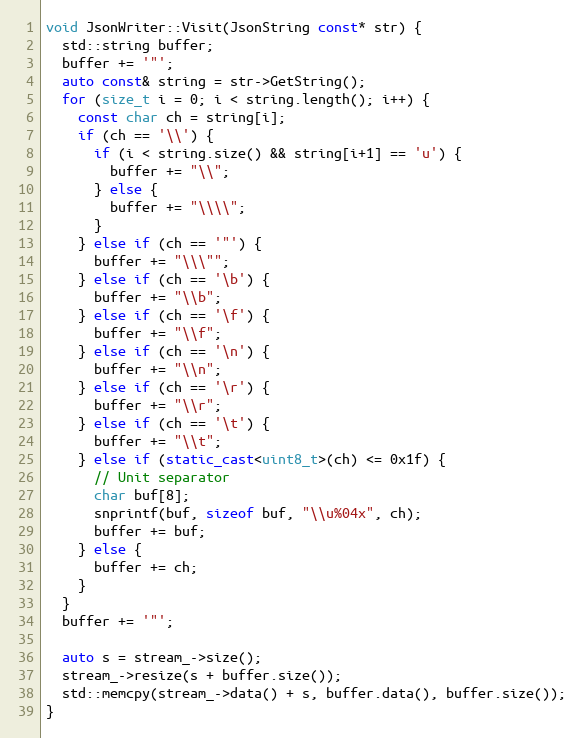
Language: C++
void JsonWriter::Visit(JsonString const* str) {
  std::string buffer;
  buffer += '"';
  auto const& string = str->GetString();
  for (size_t i = 0; i < string.length(); i++) {
    const char ch = string[i];
    if (ch == '\\') {
      if (i < string.size() && string[i+1] == 'u') {
        buffer += "\\";
      } else {
        buffer += "\\\\";
      }
    } else if (ch == '"') {
      buffer += "\\\"";
    } else if (ch == '\b') {
      buffer += "\\b";
    } else if (ch == '\f') {
      buffer += "\\f";
    } else if (ch == '\n') {
      buffer += "\\n";
    } else if (ch == '\r') {
      buffer += "\\r";
    } else if (ch == '\t') {
      buffer += "\\t";
    } else if (static_cast<uint8_t>(ch) <= 0x1f) {
      // Unit separator
      char buf[8];
      snprintf(buf, sizeof buf, "\\u%04x", ch);
      buffer += buf;
    } else {
      buffer += ch;
    }
  }
  buffer += '"';

  auto s = stream_->size();
  stream_->resize(s + buffer.size());
  std::memcpy(stream_->data() + s, buffer.data(), buffer.size());
}